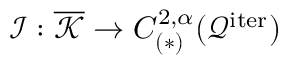
\mathcal { I } : \overline { { \mathcal { K } } } \to C _ { ( * ) } ^ { 2 , \alpha } ( \mathcal { Q } ^ { \mathrm { i t e r } } )